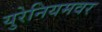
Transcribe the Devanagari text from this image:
युरेनियमवर